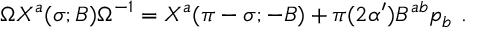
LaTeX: \Omega X ^ { a } ( \sigma ; B ) \Omega ^ { - 1 } = X ^ { a } ( \pi - \sigma ; - B ) + \pi ( 2 \alpha ^ { \prime } ) B ^ { a b } p _ { b } \ .